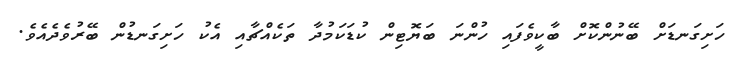
ހަށިގަނޑަށް ބޭނުންކޮށް ބާކީވެފައި ހުންނަ ބަޔޮޓިން ކުޑަކަމުދާ ތަކެއްޗާއި އެކު ހަށިގަނޑުން ބޭރުވެދެއެވެ.